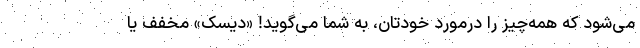
می‌شود که همه‌چیز را درمورد خودتان، به شما می‌گوید! «دیسک» مخفف یا